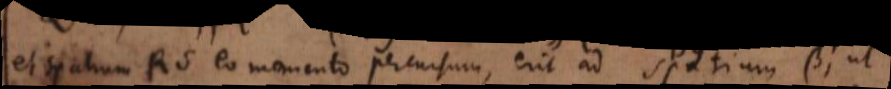
et spatium RS eo momento percursum, erit ad spatium β, ut